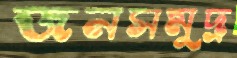
জনসমুদ্র